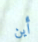
أين